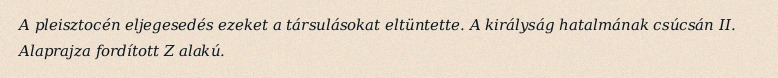
A pleisztocén eljegesedés ezeket a társulásokat eltüntette. A királyság hatalmának csúcsán II. Alaprajza fordított Z alakú.